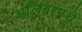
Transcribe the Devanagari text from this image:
अलिबागचे